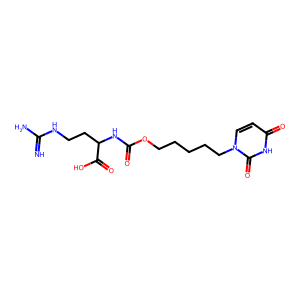
SMILES: N=C(N)NCCC(NC(=O)OCCCCCn1ccc(=O)[nH]c1=O)C(=O)O
Inhibits HIV replication: No